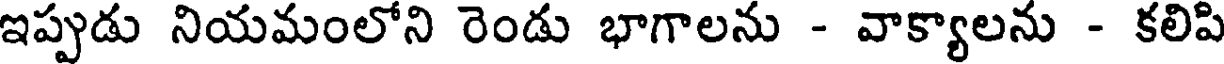
ఇప్పుడు నియమంలోని రెండు భాగాలను - వాక్యాలను - కలిపి